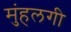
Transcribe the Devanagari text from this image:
मुंहलगी